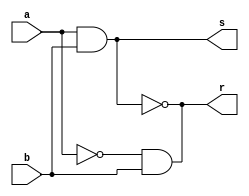
module demux(r,s,a,b);
output r,s;
input a,b;
wire p,q,r;
nand(p,a,a);
nand(r,a,b);
nand(q,p,b);
nand(r,q,q);
nand(s,r,r);
endmodule